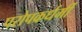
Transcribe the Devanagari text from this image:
परोपकर्धर्मी